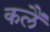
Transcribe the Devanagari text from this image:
कलैं